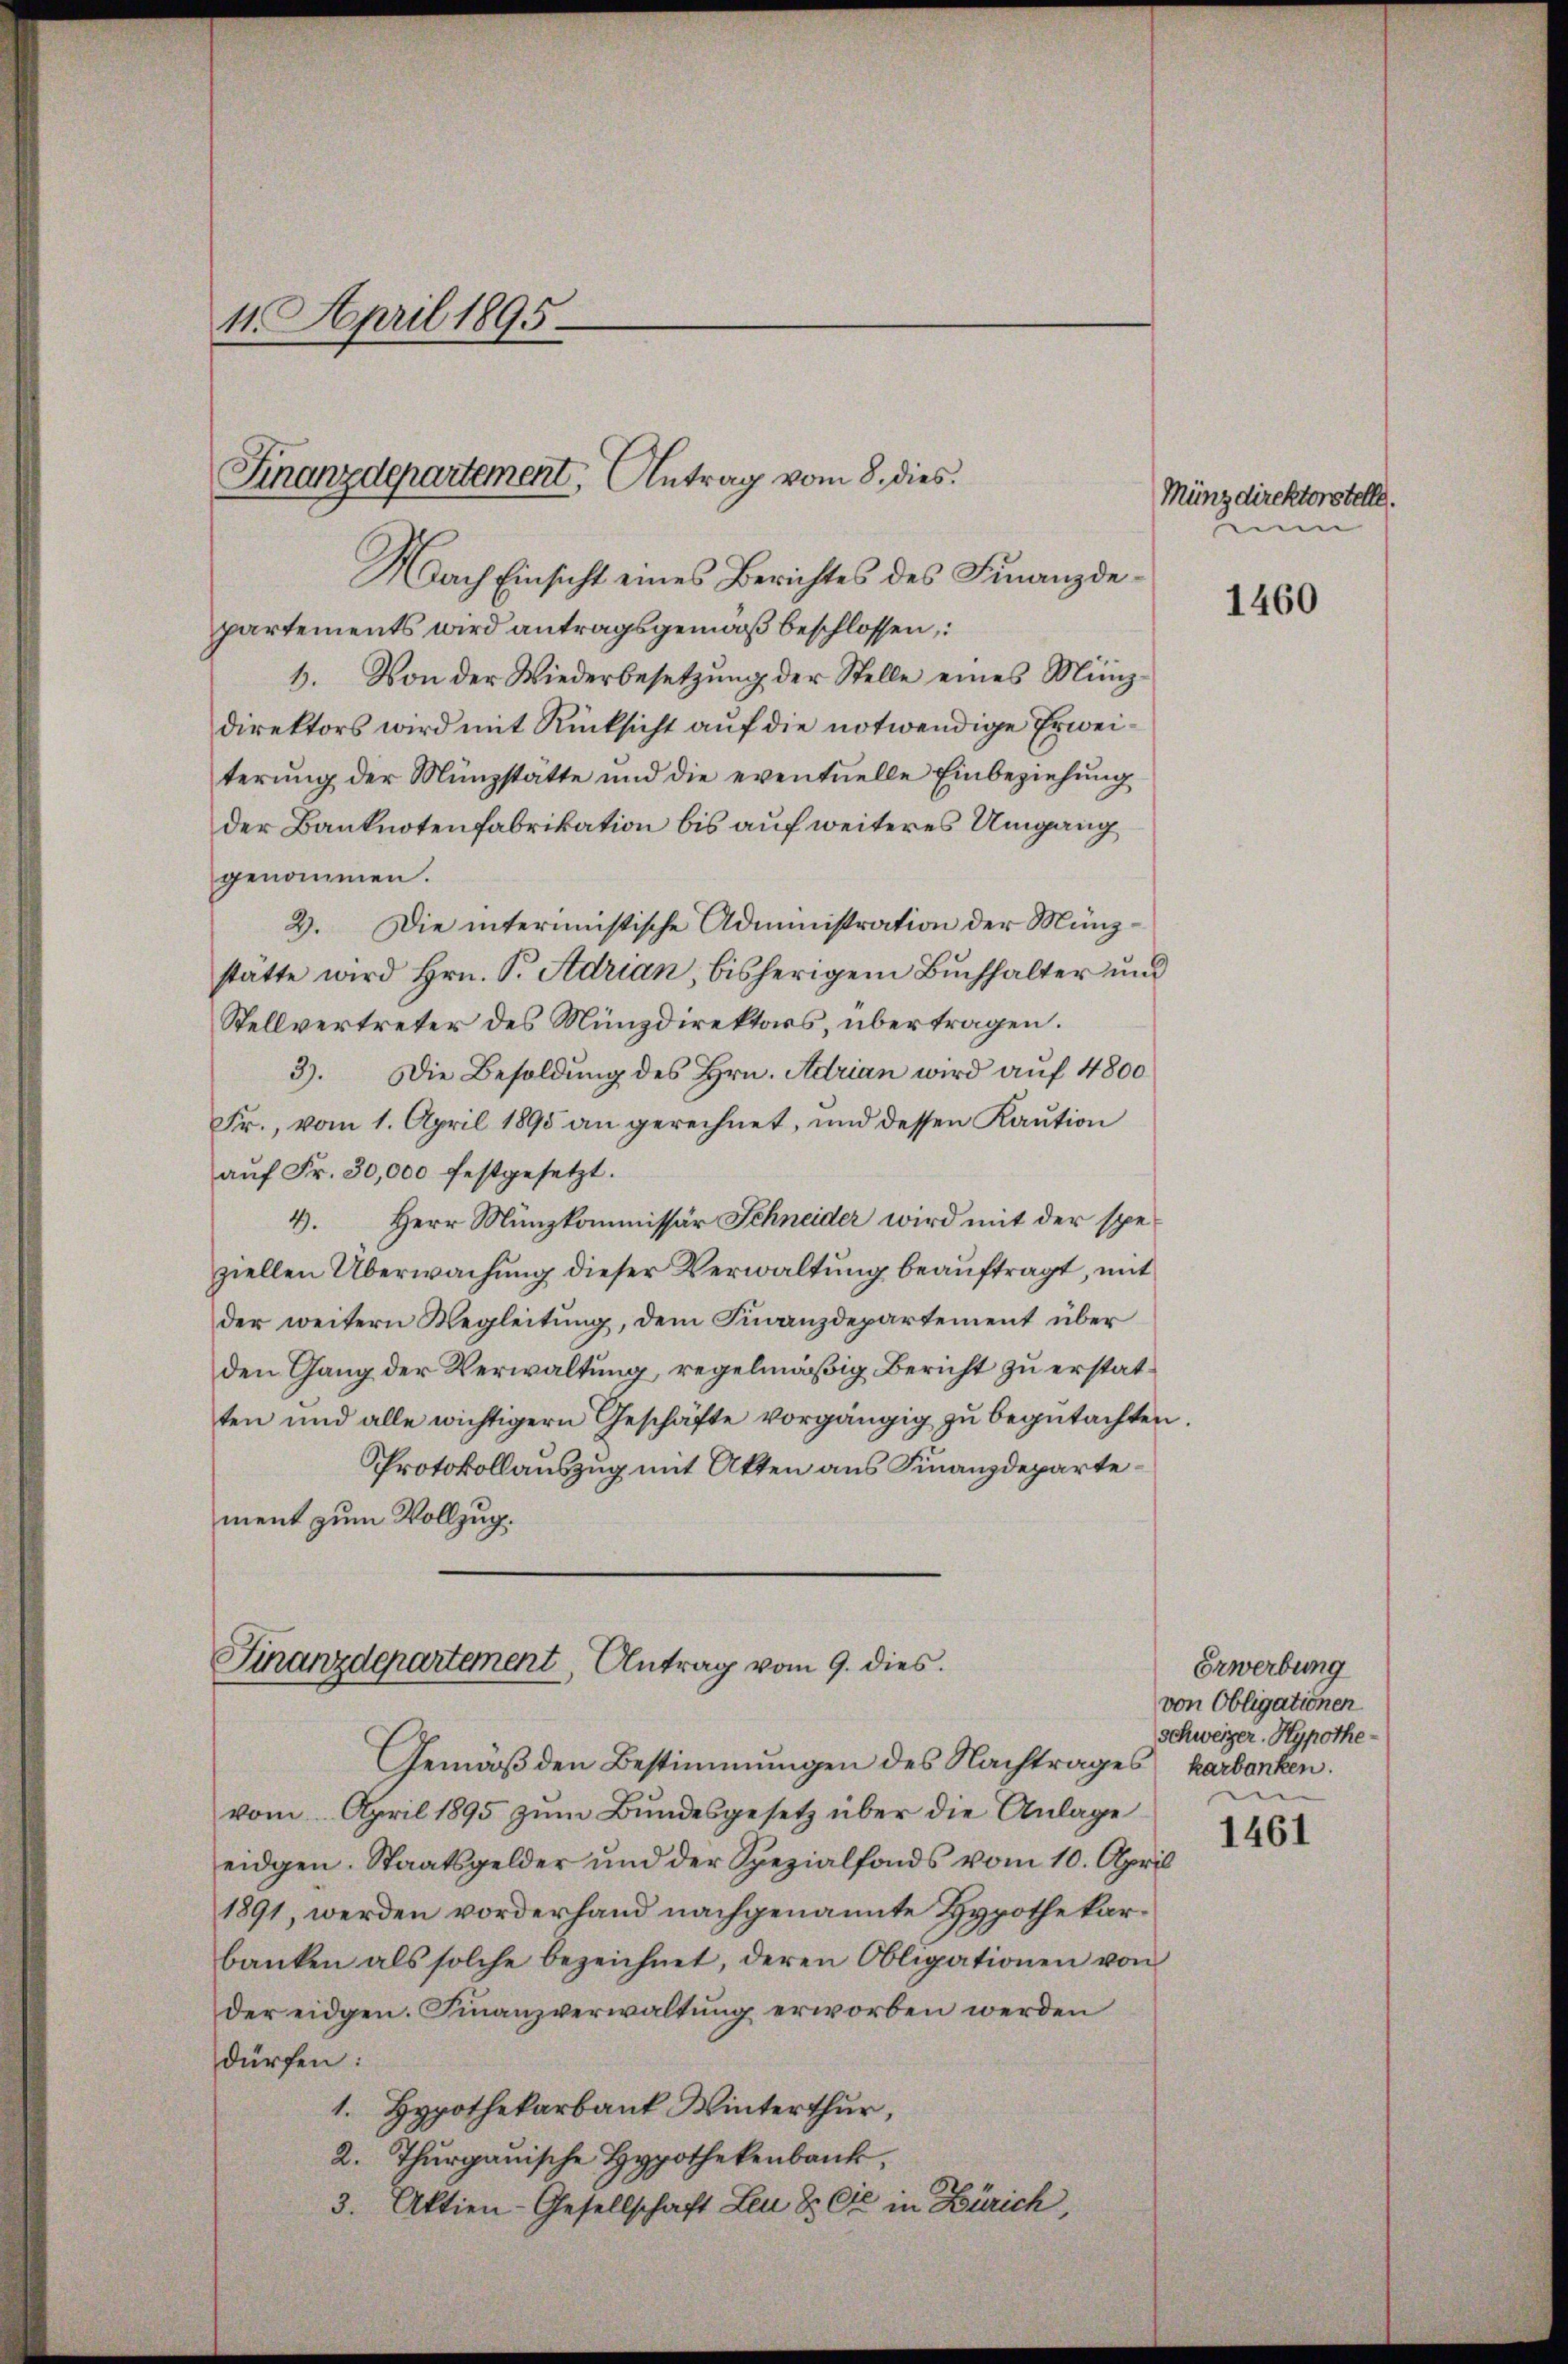
11. April 1895

Finanzdepartement. Antrag vom 8. dies

Nach Einsicht eines Berichtes des Finanzdepartements wird antragsgemäß beschlossen,
1. Von der Wiederbesetzung der Stelle eines Münzdirektors wird mit Rücksicht auf die notwendige Erweiterung der Münzstätte und die eventuelle Einbeziehung
der Banknotenfabrikation bis auf weiteres Umgang
genommen.
2. Die interimistische Administration der Münzstätte wird Hrn. P. Adrian, bisherigem Buchhalter und
Stellvertreter des Münzdirektors, übertragen.
3). Die Besoldung des Hrn. Adrian wird auf 4800
Fr., vom 1. April 1895 an gerechnet, und dessen Kaution
aŭf Fr. 30,000 festgesetzt.
4. Herr Münzkommissär Schneider wird mit der speziellen Überwachung dieser Verwaltung beauftragt, mit
der weitern Wegleitung, dem Finanzdepartement über
den Gang der Verwaltung, regelmäßig Bericht zu erstatten und alle wichtigern Geschäfte vorgängig zu begutachten.
Protokollauszug mit Akten aus Finanzdeparte.
ment zum Vollzug.

Finanzdepartement Antrag vom 9. dies

Gemäß den Bestimmungen des Nachtrages karbanken.
vom April 1895 zŭm Bŭndesgesetz über die Anlage
eidgen. Staatsgelder und der Spezialfonds vom 10. April
1891, werden vorderhand nachgenannte Hypothekarbanken als solche bezeichnet, deren Obligationen von
der eidgen. Finanzverwaltung erworben werden
dürfen:
1. Hypothekarbank Winterthur,
2. Thurgauische Hypothekenbank.
3. Aktien-Gesellschaft Leu & Cie in Zürich,

Münzdirektorstelle.
n

1460

1461

Erwerbung
von Obligationen
Schweizer. Hypothe¬